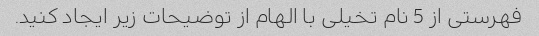
فهرستی از 5 نام تخیلی با الهام از توضیحات زیر ایجاد کنید.